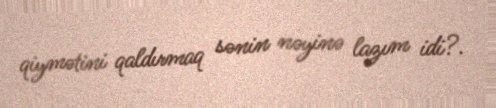
qiymətini qaldırmaq sənin nəyinə lazım idi?.